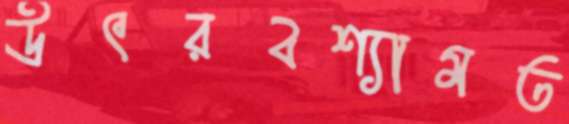
উৎরবশ্যামত